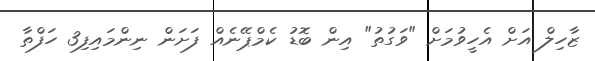
ޒާހިލް އަށް އެހީވުމަށް "ވަގުތު" އިން ބޮޑު ކެމްޕޭނެއް ފަށަން ނިންމައިފި3 ހަފްތާ